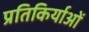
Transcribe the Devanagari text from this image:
प्रतिकिर्याओं